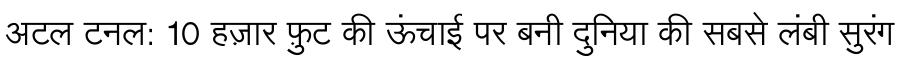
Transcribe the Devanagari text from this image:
अटल टनल: 10 हज़ार फ़ुट की ऊंचाई पर बनी दुनिया की सबसे लंबी सुरंग